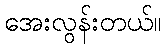
အေးလွန်းတယ်။